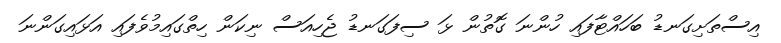
އިސްތަށިގަނޑު ބަހައްޓާފައި ހުންނަ ގޮތުން ޅަ ސިފަގަނޑު ޖެހިއަސް ނިކަން ހިތްގައިމުވެފައި އަޅައިގަންނަ